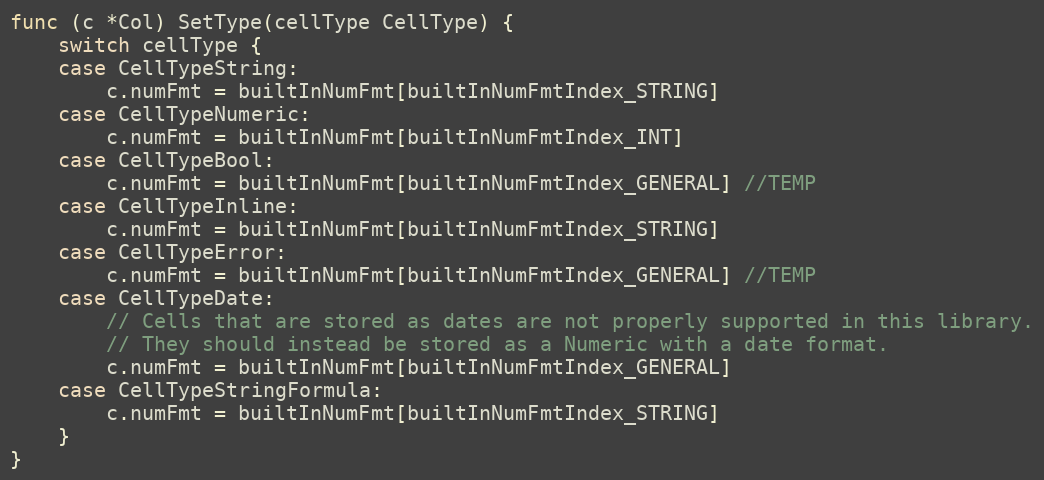
Language: Go
func (c *Col) SetType(cellType CellType) {
	switch cellType {
	case CellTypeString:
		c.numFmt = builtInNumFmt[builtInNumFmtIndex_STRING]
	case CellTypeNumeric:
		c.numFmt = builtInNumFmt[builtInNumFmtIndex_INT]
	case CellTypeBool:
		c.numFmt = builtInNumFmt[builtInNumFmtIndex_GENERAL] //TEMP
	case CellTypeInline:
		c.numFmt = builtInNumFmt[builtInNumFmtIndex_STRING]
	case CellTypeError:
		c.numFmt = builtInNumFmt[builtInNumFmtIndex_GENERAL] //TEMP
	case CellTypeDate:
		// Cells that are stored as dates are not properly supported in this library.
		// They should instead be stored as a Numeric with a date format.
		c.numFmt = builtInNumFmt[builtInNumFmtIndex_GENERAL]
	case CellTypeStringFormula:
		c.numFmt = builtInNumFmt[builtInNumFmtIndex_STRING]
	}
}